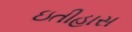
ઇતીહાસ